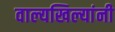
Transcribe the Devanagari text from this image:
वाल्यखिल्यांनी